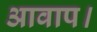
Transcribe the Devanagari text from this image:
आवाप।